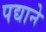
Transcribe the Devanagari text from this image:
पद्याने